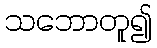
သဘောတူ၍